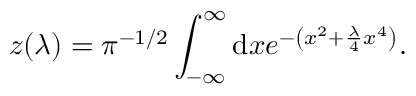
z ( \lambda ) = \pi ^ { - 1 / 2 } \int _ { - \infty } ^ { \infty } \mathrm { d } x e ^ { - \left( x ^ { 2 } + { \frac { \lambda } { 4 } } x ^ { 4 } \right) } .